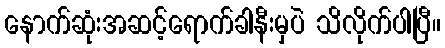
နောက်ဆုံးအဆင့်ရောက်ခါနီးမှပဲ သိလိုက်ပါပြီ။